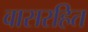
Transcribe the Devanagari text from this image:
वासरहित